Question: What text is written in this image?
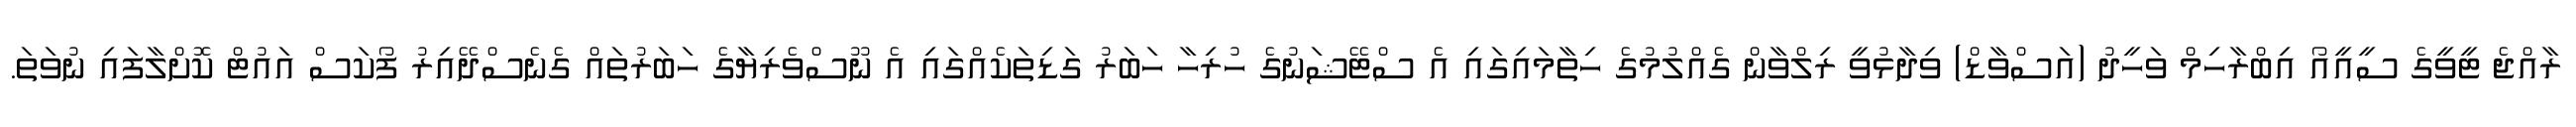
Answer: ރާއްޖެ ޓީވީގެ ސީއީއޯ އިބްރާހިމް ވަހީދު (އަސްވާޑް) ވިދާޅުވީ ރިލްވާން ގެއްލުމުގެ ހިތާމައިގައި އެ ސްޓޭޝަނުގެ ހުރިހާ ހަބަރު ގަޑިތަކެއްގައި އެ ނޫސްވެރިޔާގެ ހަބަރުތައް ގެނެސްދޭއިރު ފޯކަސް އައުޓް ކޮށްލާފައި ނުވަތަ.